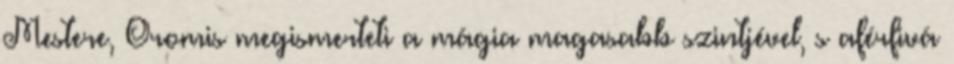
Mestere, Oromis megismerteti a mágia magasabb szintjével, s aférfivá